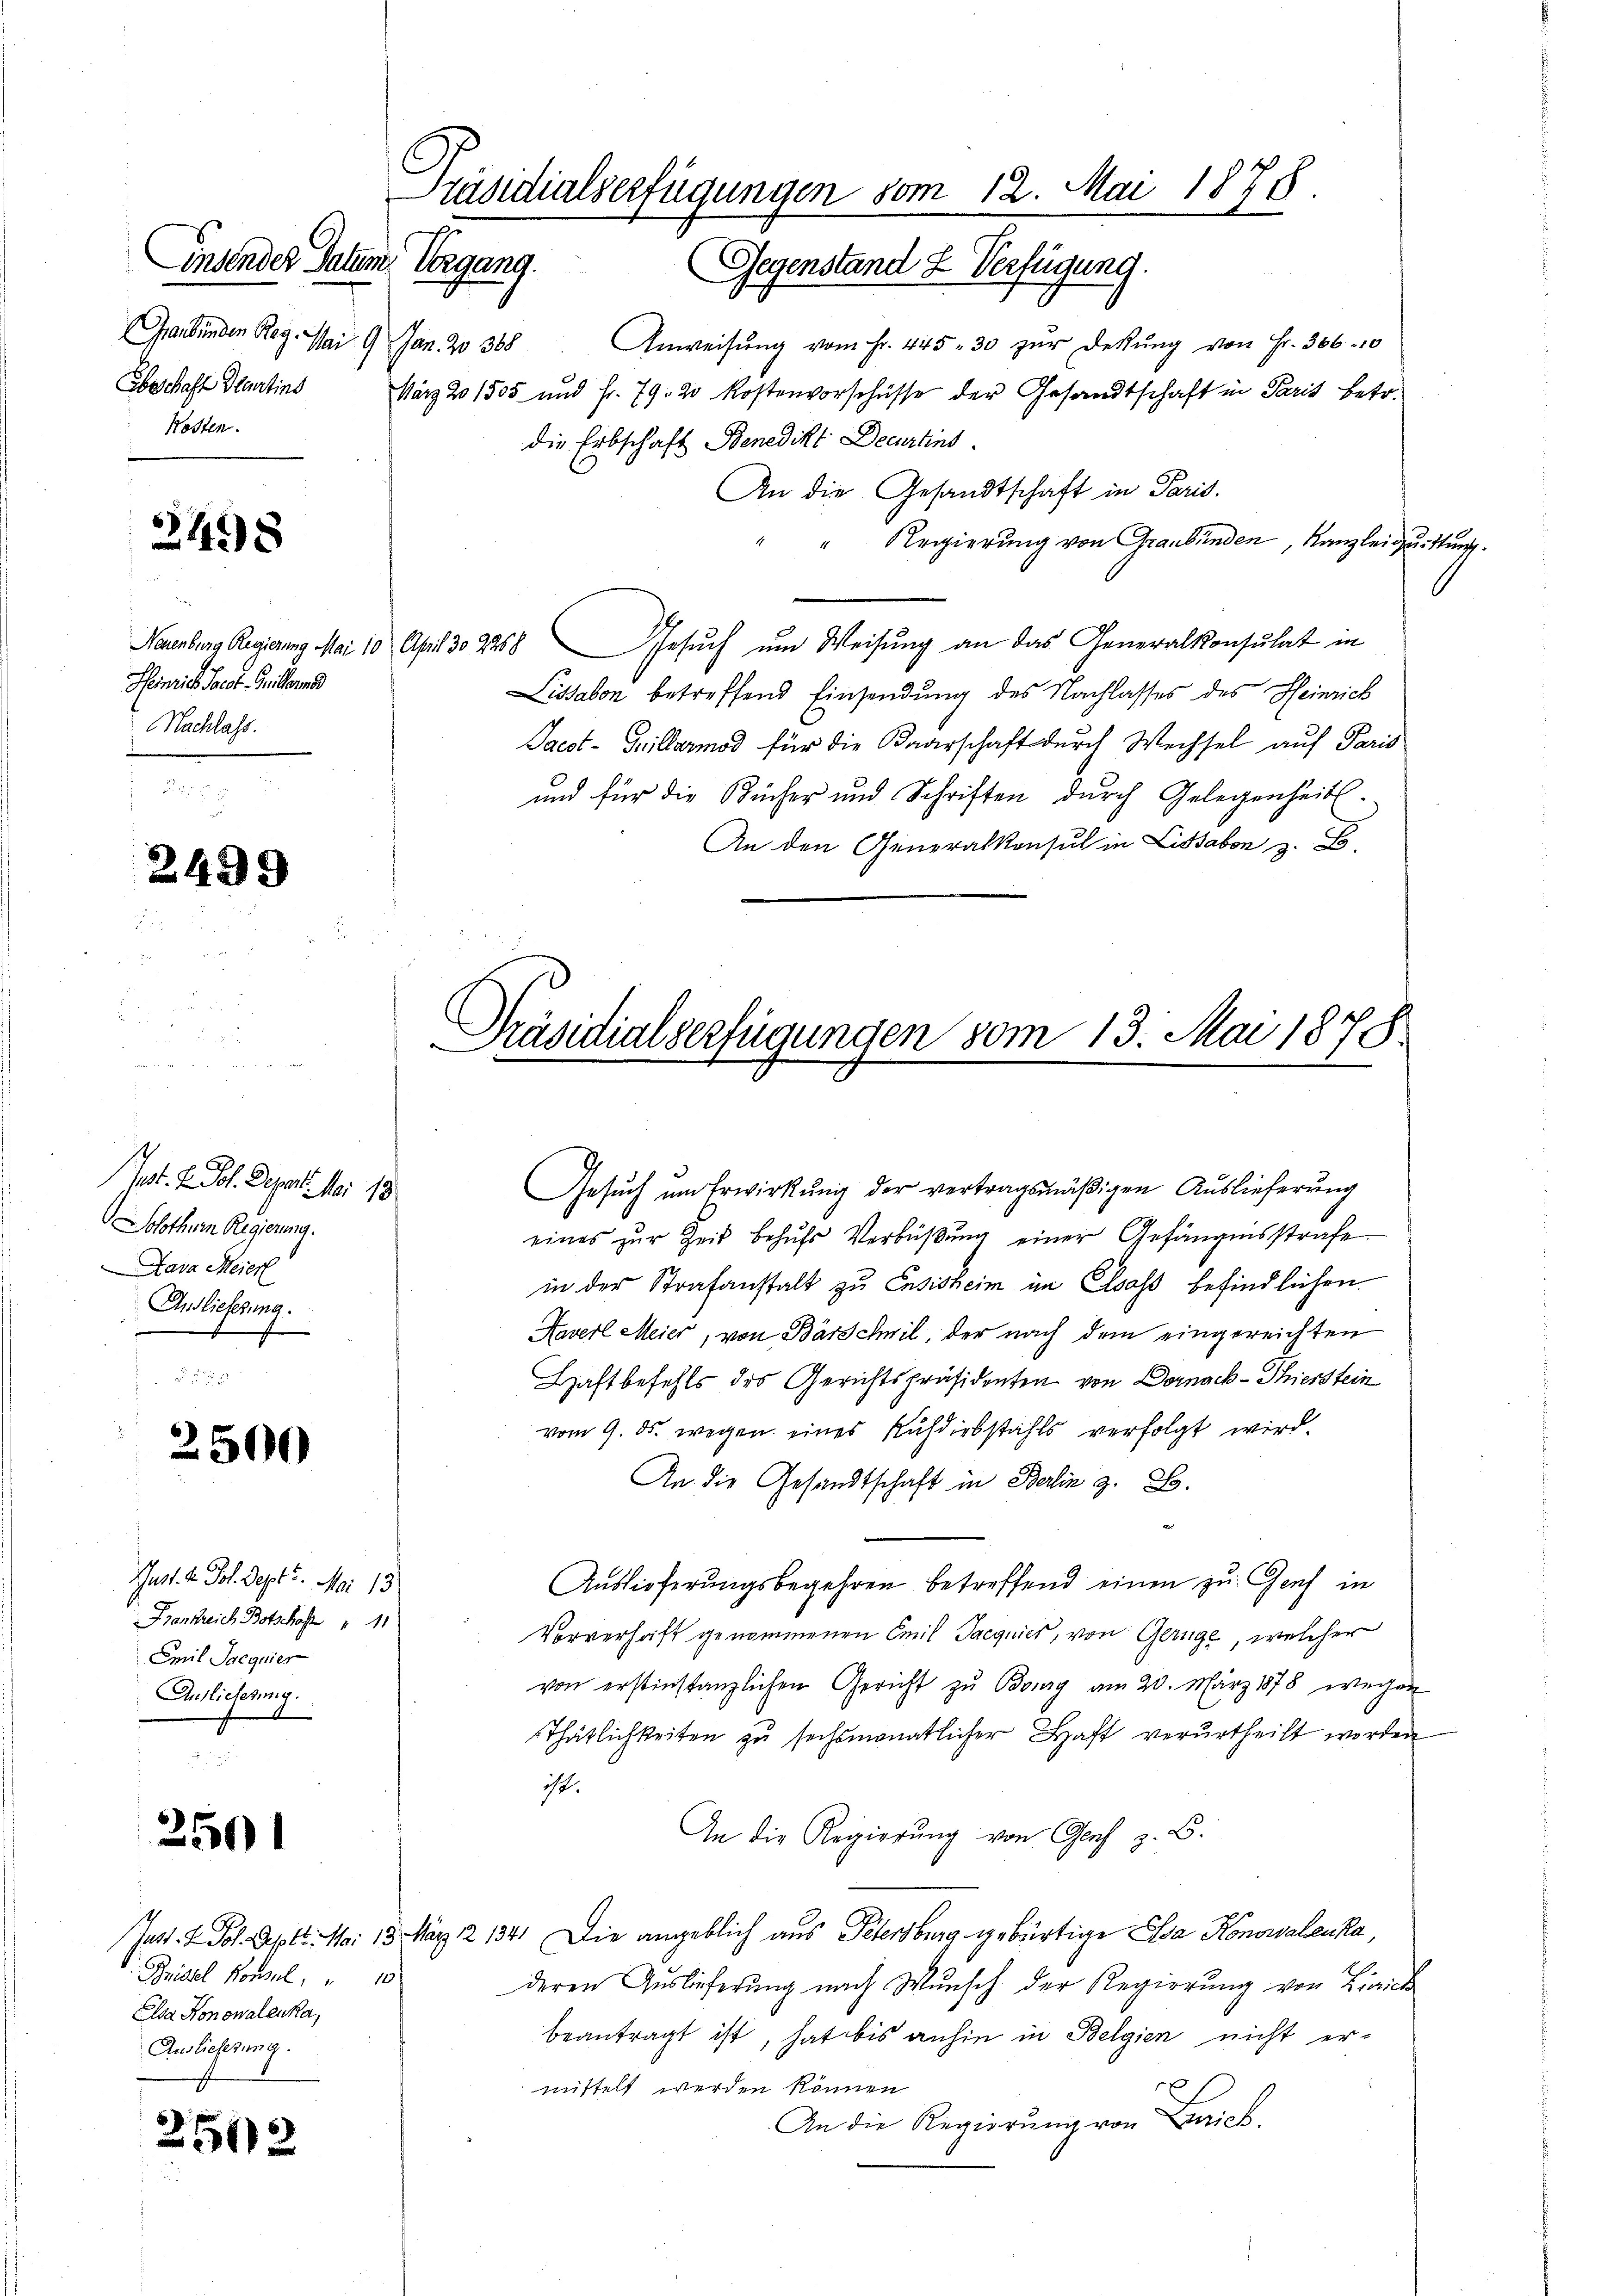
Ebeschaft Partins
Kosten.

2498

Neuenburg Regierung Mai 10
Heinrich Pact. Guillerd
Nachlass.

2499

Pot. 2. Joh. Depart. Mai 18
Solothum Regierung.
Lava Meierl
Anslieferung.
.

2500

Mart. 4. Joh. Sept. Mai 13
Frankreich Botschaft 11
Emil Saequier
Anslieferung.

2501

Brittel Konsul, " 10
Elsa Honowalenka,
Anslieferung.

2512

Präsidialserfügungen vom 12. Mai 1878.
Einsendes Datum Vorgang.
Gegenstand & Verfügung.

Graubünden Reg. Mai 9 Jan. 20368 Anweisŭng vom Fr. 445. 30 zŭr Dekŭng von Fr. 306-10
März 201505 und Fr. 79. 20 Kostenvorschüsse der Gesandtschaft in Paris betr.
die Erbschaft Benedikt Decurtins
An die Gesandtschaft in Paris.
Regierung von Graubünden, Kanzlei quittung.
April 302258. Gesuch um Weisung an das Generalkonsulat in
Lissabon betreffend Einsendung des Nachlasses des Heinrich
Paest- Grillermod für die Baarschaft durch Wechsel auf Paris
und für die Kücher und Schriften durch Gelegenheit.
An den Generalkonsul in Lissabon z. B.

Gesŭch um Erwirkung der vertragsmäßigen Auslieferung
eines zŭr Zeit behŭfs Verbüβŭng einer Gefängnisstrafe
in der Strafanstalt zu Ensisheim im Elsass befindlichen
Haver Meier, von Barschil, der nach dem eingereichten
Haftbefehls des Gerichtspräsidenten von Dornack-Thierstein
vom 9. ds. wegen eines Ruhdiebstahls verfolgt wird.
An die Gesandtschaft in Berlin z. B.
Auslieferungsbegehren betreffend einen zu Genf in
Vorverhaft genommenen Emil Jacquier, von Gernge, welcher
von erstinstanzlichen Gericht zŭ Bourg am 20. März 1878 wegen
Thätlichkeiten zu sechsmonatlicher Haft verurtheilt worden
ist.
An die Regierung von Genf z. B.
Jast. I. Fol. Lepell. Mai 13. März 2 134. Die angeblich aus Petersburg gebürtige Asa Konowalenka,
deren Auslieferŭng nach Wunsch der Regierŭng von Zürich
beantragt ist, hat bis anhin in Belgien nicht er-
x
mittelt werden können
An die Regierŭng von Zürich.

Präsidialverfügungen vom 13. Mai 1878.